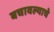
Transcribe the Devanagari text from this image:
बचावल्याचे